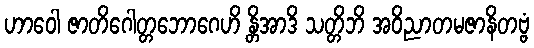
ဟာဝေါ ဇာတိဂေါတ္တဘောဂေဟိ န္တိအာဒိ သတ္တိဘိ အဝိညာတမဇာနိတဗ္ဗံ